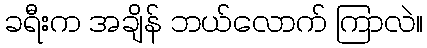
ခရီးက အချိန် ဘယ်လောက် ကြာလဲ။